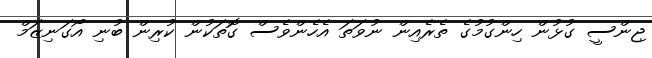
ޖިންސީ ގުޅުން ހިންގުމުގެ ތެރެއިން ނުވަތަ އެހެންވެސް ގޮތަކުން ކުރިން ބުނި އޯގަނިޒަމް